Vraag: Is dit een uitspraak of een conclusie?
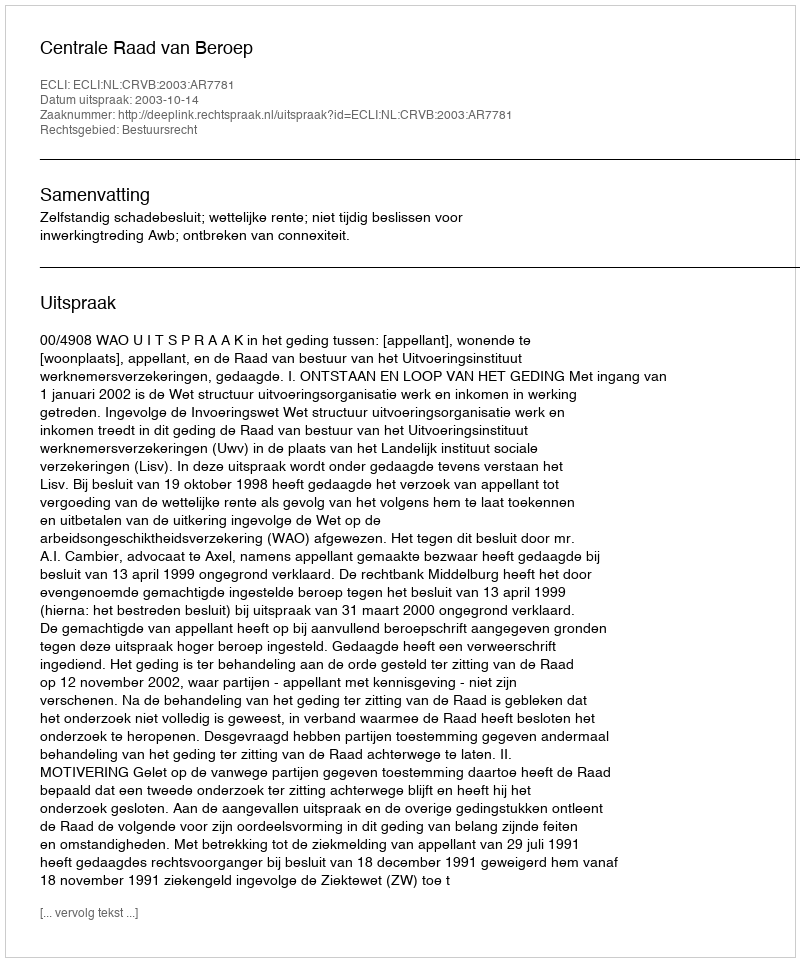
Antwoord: Uitspraak